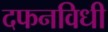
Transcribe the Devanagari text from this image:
दफनविधी